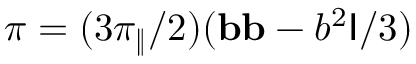
\boldsymbol { \pi } = ( 3 \pi _ { \| } / 2 ) ( \mathbf { b } \mathbf { b } - b ^ { 2 } \mathsf { I } / 3 )